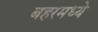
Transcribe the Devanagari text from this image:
बहरमध्ये